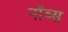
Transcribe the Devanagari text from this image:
नॉब्स